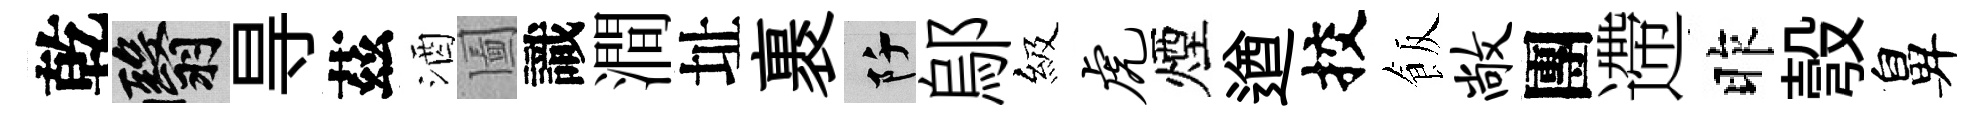
乾翳㝵茲酒圗識澗址裹阡鄔級虎煙遒挍飯敞團遰昨彀鼻